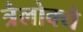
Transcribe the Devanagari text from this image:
त्रैलोक्ये